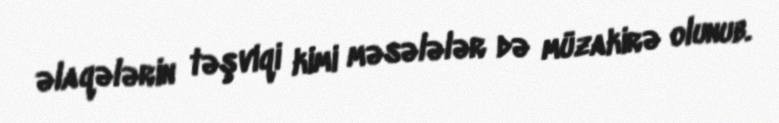
əlaqələrin təşviqi kimi məsələlər də müzakirə olunub.